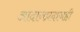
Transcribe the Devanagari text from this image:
आदानप्रदानही